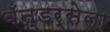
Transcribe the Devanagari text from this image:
वॅन्डर्सेला